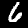
Digit: 6